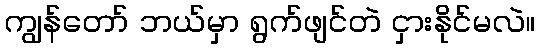
ကျွန်တော် ဘယ်မှာ ရွက်ဖျင်တဲ ငှားနိုင်မလဲ။